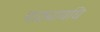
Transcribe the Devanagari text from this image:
पाठ्यावधि